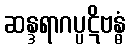
ဆန္ဒရာဂပ္ပဋိဗန္ဓံ